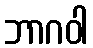
ဘာဂဝါ